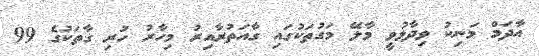
އާދަމް މަނިކު ވިދާޅުވީ މާލޭ މަގުތަކުގައި ގާއަތުރާއިރު މިހާރު ހުރި ގާތަކުގެ 99